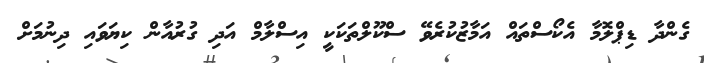
ގެންދާ ޑިޕްލޮމާ އެކޯސްތައް އަމާޒުކުރެވޭ ސްކޫލްތަކަކީ އިސްލާމް އަދި ގުރުއާން ކިޔަވައި ދިނުމަށް